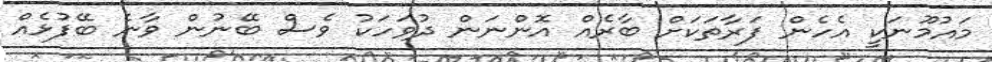
މައުމޫނަކީ އެހެން ފަރާތަކަށް ބާރެއް އޮންނަން ދުވަހަކު ވެސް ބޭނުން ވާނެ ބޭފުޅެއް